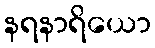
နရနာရိယော